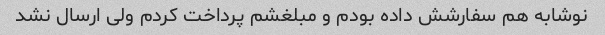
نوشابه هم سفارشش داده بودم و مبلغشم پرداخت کردم ولی ارسال نشد